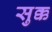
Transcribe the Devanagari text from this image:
सुक्क